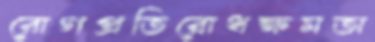
রোগপ্রতিরোধক্ষমতা